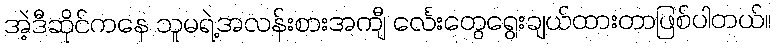
အဲ့ဒီဆိုင်ကနေ သူမရဲ့အလန်းစားအကျီ င်္လေးတွေရွေးချယ်ထားတာဖြစ်ပါတယ်။